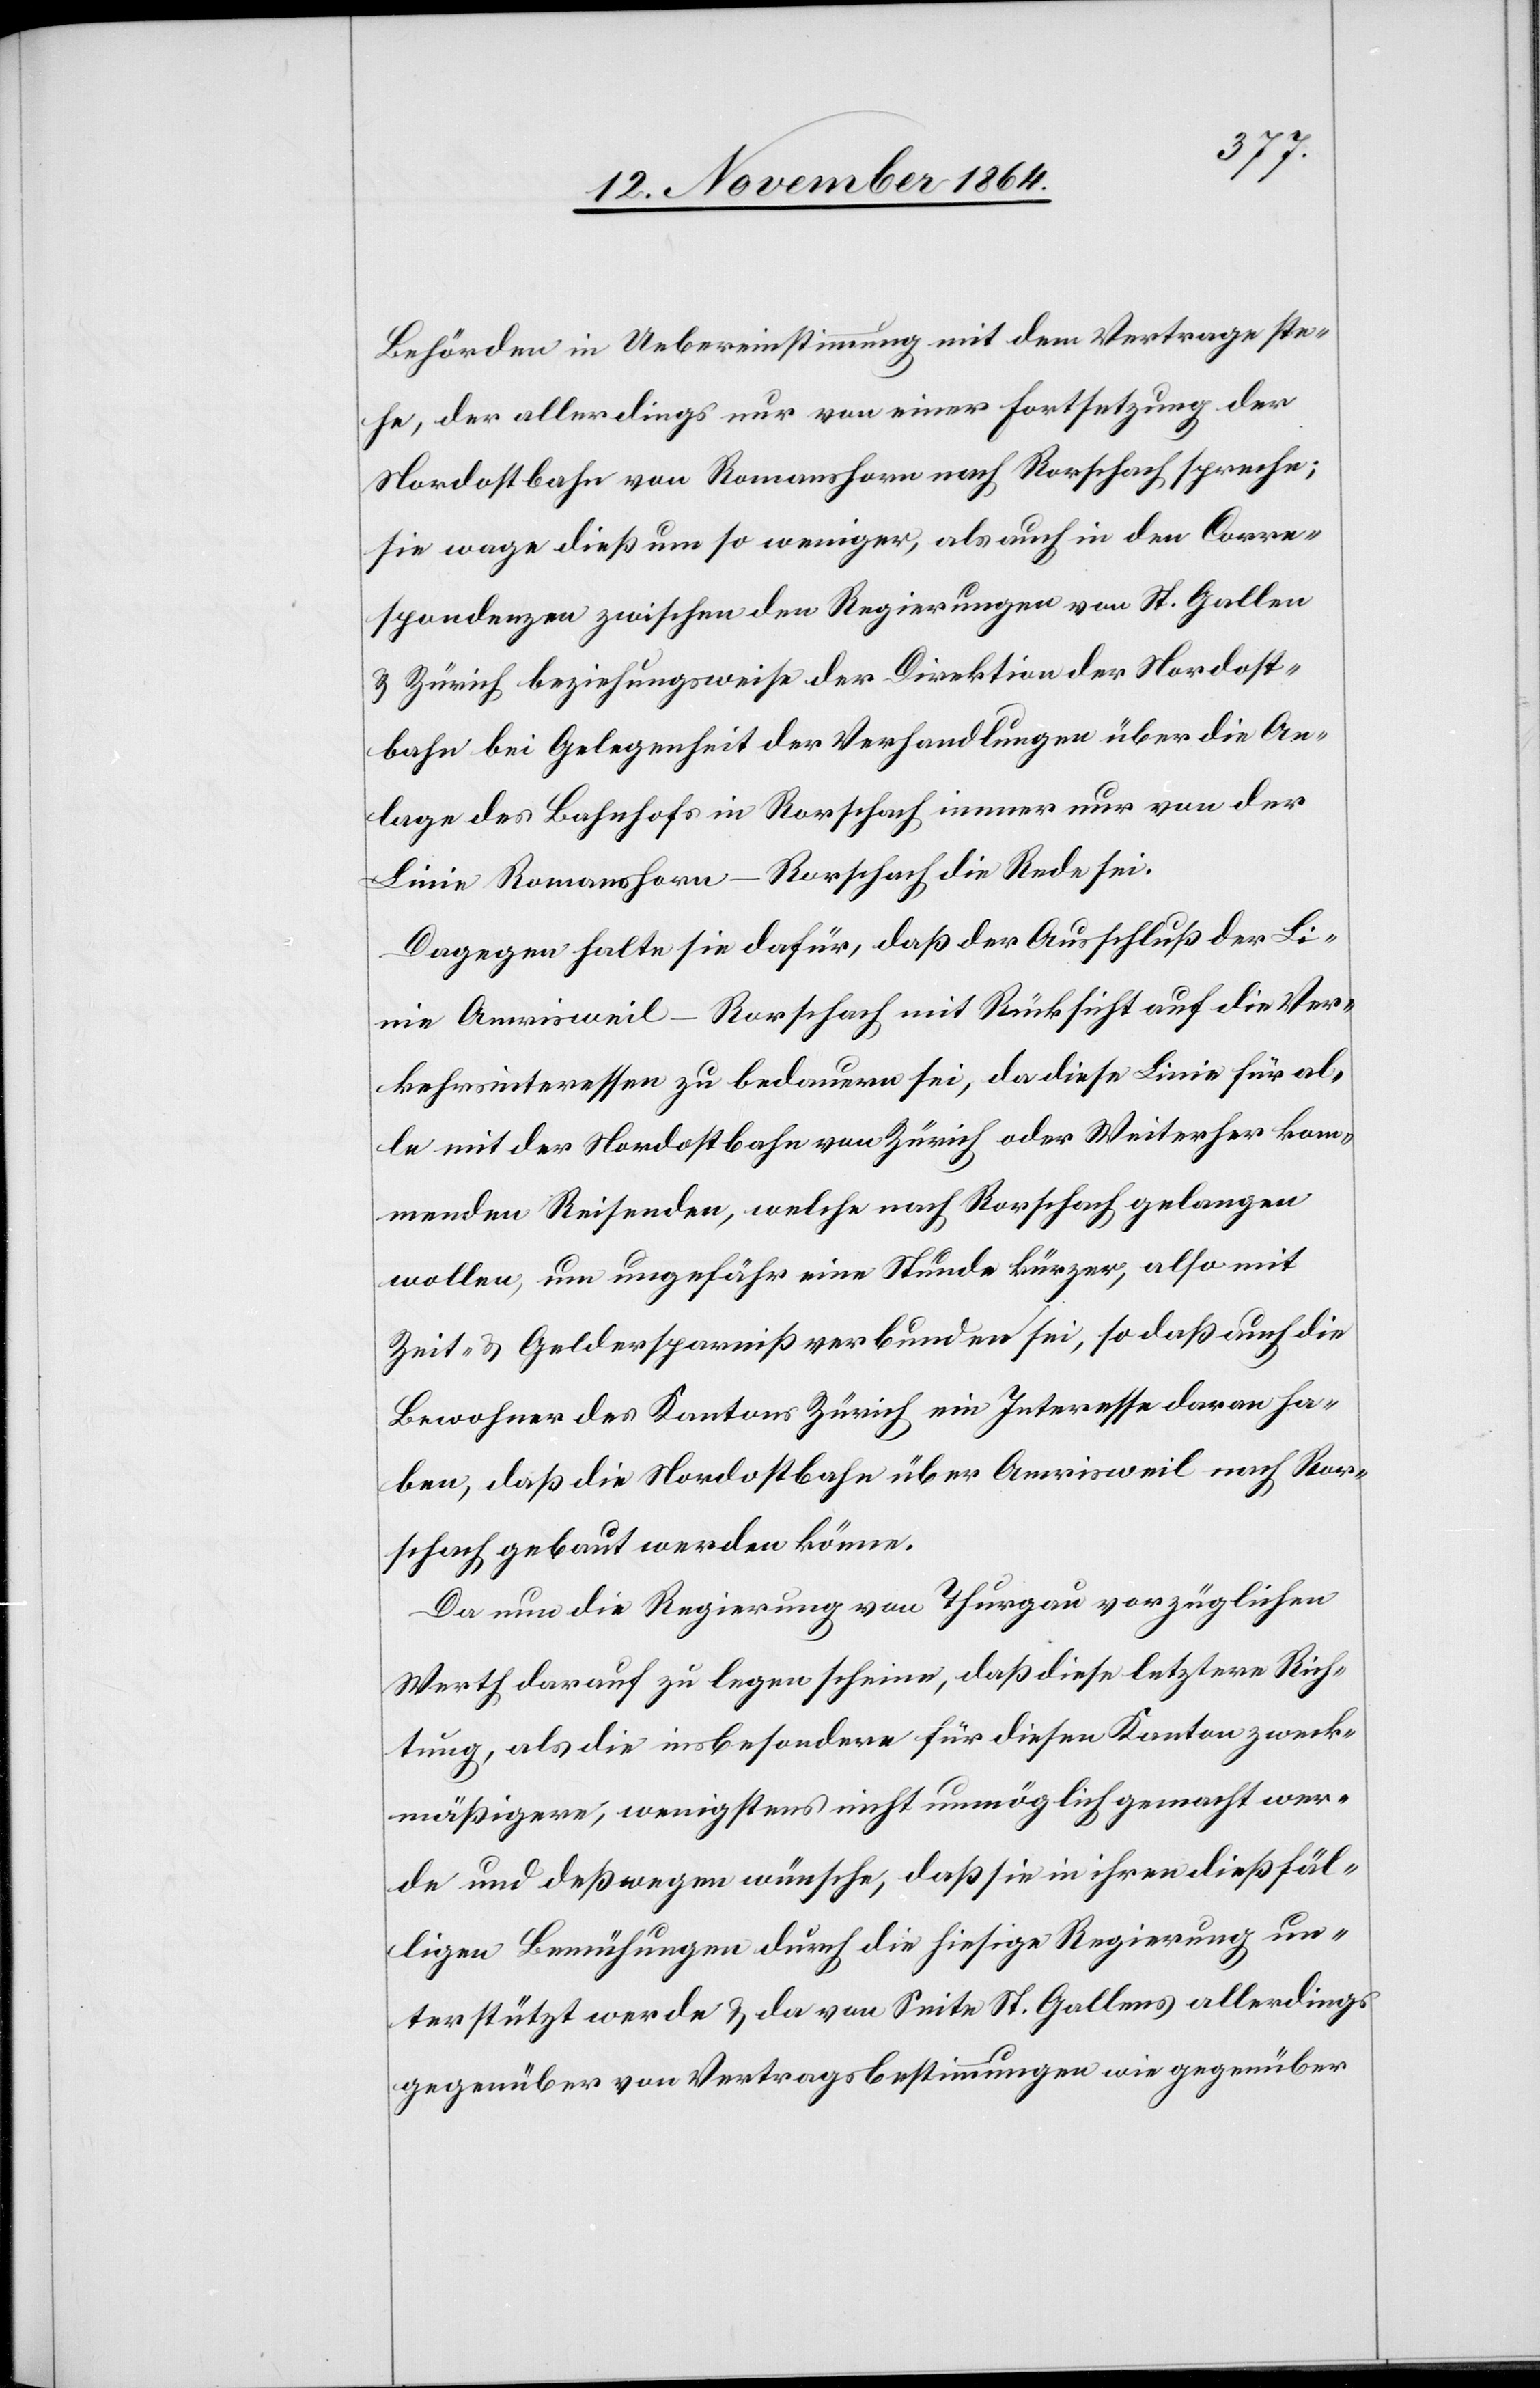
Behörden in Uebereinstimmung mit dem Vertrage ste¬
he, der allerdings nur von einer Fortsetzung der
Nordostbahn von Romanshorn nach Rorschach spreche;
sie wage dieß um so weniger, als auch in den Corre¬
spondenzen zwischen den Regierungen von St. Gallen
& Zürich beziehungsweise der Direktion der Nordost¬
bahn bei Gelegenheit der Verhandlungen über die An¬
lage des Bahnhofs in Rorschach immer nur von der
Linie Romanshorn–Rorschach die Rede sei.
Dagegen halte sie dafür, daß der Ausschluß der Li¬
nie Amrisweil–Rorschach mit Rücksicht auf die Ver¬
kehrsinteressen zu bedauern sei, da diese Linie für al¬
le mit der Nordostbahn von Zürich oder Weiterher kom¬
menden Reisenden, welche nach Rorschach gelangen
wollen, um ungefähr eine Stunde kürzer, also mit
Zeit- & Geldersparniß verbunden sei, so daß auch die
Bewohner des Kantons Zürich ein Interesse daran ha¬
ben, daß die Nordostbahn über Amrisweil nach Ror¬
schach gebaut werden könne.
Da nun die Regierung von Thurgau vorzüglichen
Werth darauf zu legen scheine, daß diese letztere Rich¬
tung, als die insbesondere für diesen Kanton zweck¬
mäßigere, wenigstens nicht unmöglich gemacht wer¬
de und deßwegen wünsche, daß sie in ihren dießfäl¬
ligen Bemühungen durch die hierseitige Regierung un¬
terstützt werde & da von Seite St. Gallens allerdings
gegenüber von Vertragsbestimmungen wie gegenüber